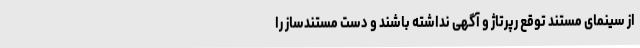
از سینمای مستند توقع رپرتاژ و آگهی نداشته باشند و دست مستندساز را